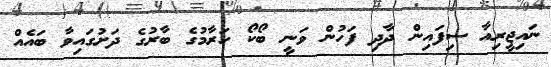
ނައިޖީރިއާ ސިފައިން ދާދި ފަހުން ވަނީ ބޯކޯ ހަރާމުގެ ބާރުގެ ދަށުގައިވާ ބައެއް